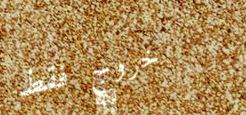
خروج فقط